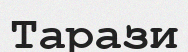
Тарази